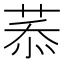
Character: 菾